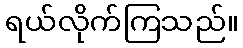
ရယ်လိုက်ကြသည်။